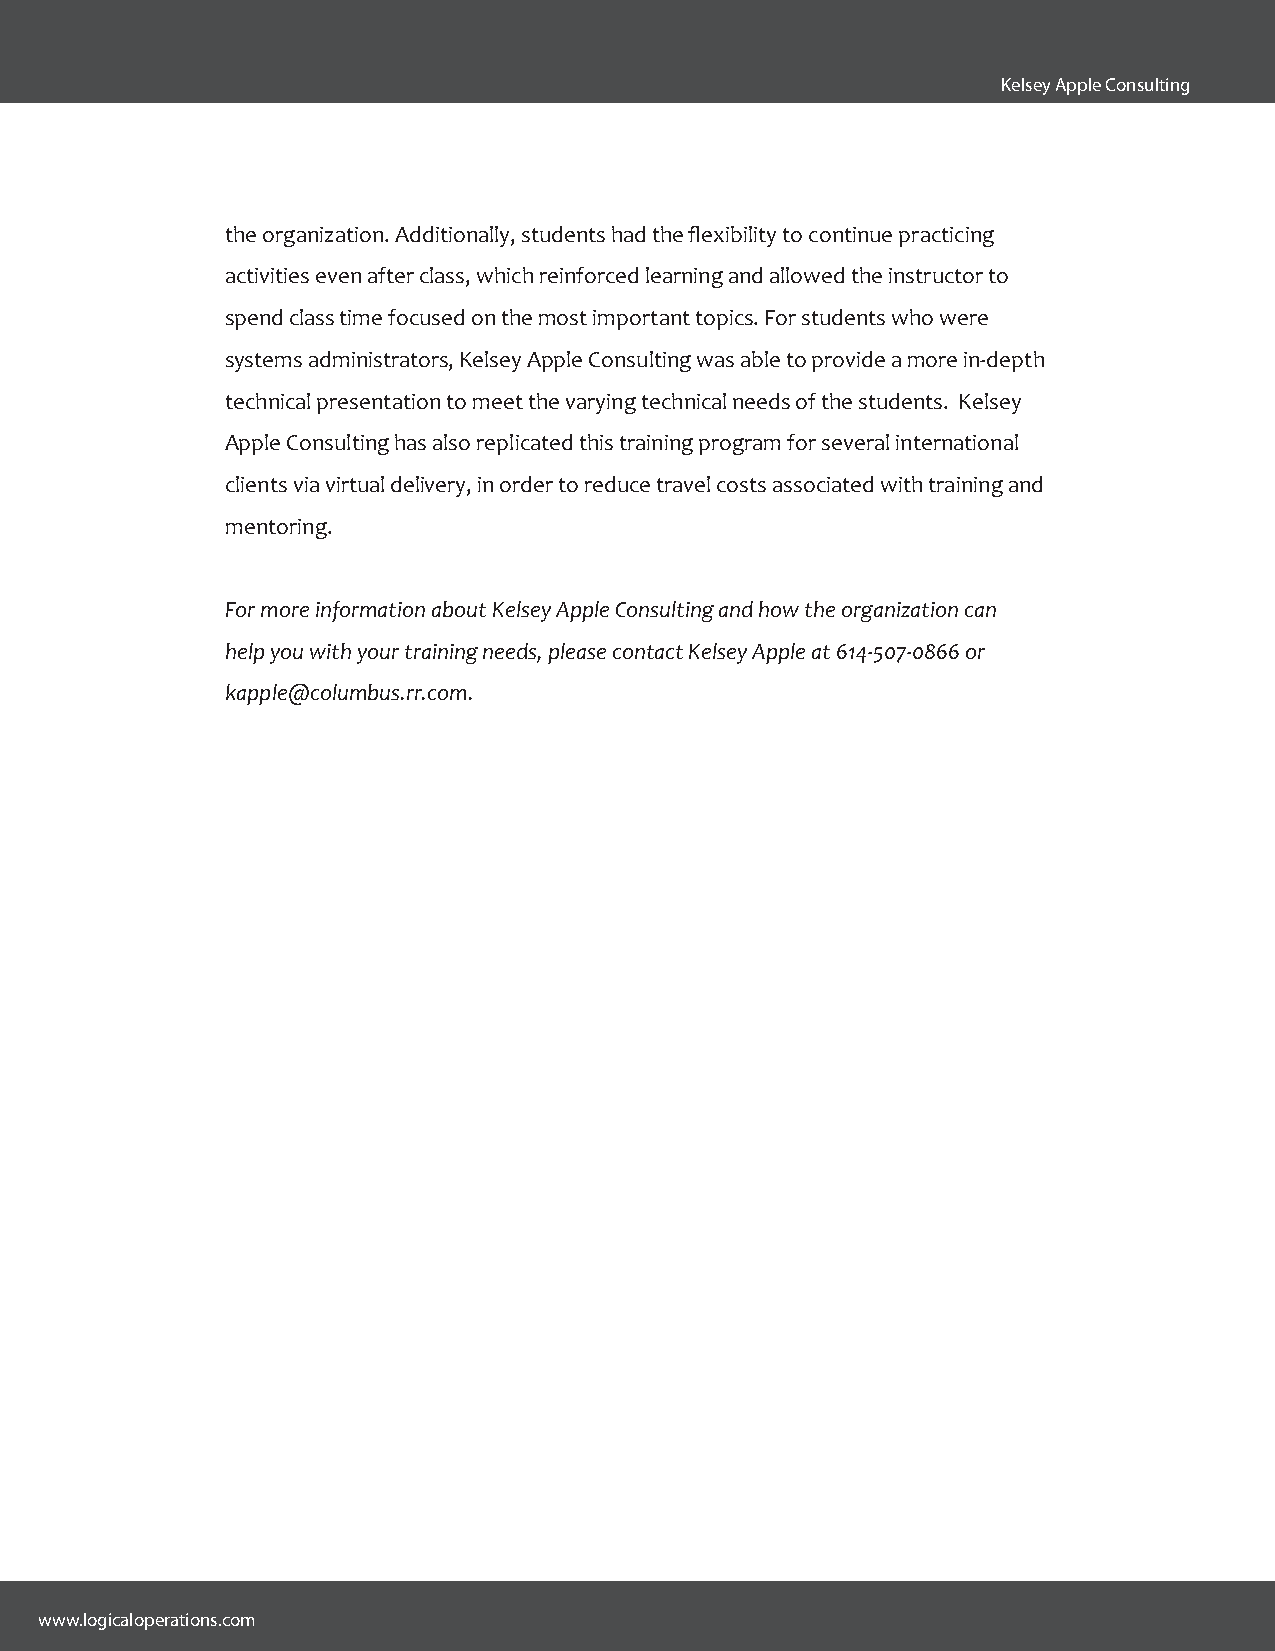
Kelsey Apple Consulting
 the organization. Additionally, students had the flexibility to continue practicing
 activities even after class, which reinforced learning and allowed the instructor to
 spend class time focused on the most important topics. For students who were
 systems administrators, Kelsey Apple Consulting was able to provide a more in-depth
 technical presentation to meet the varying technical needs of the students. Kelsey
 Apple Consulting has also replicated this training program for several international
 clients via virtual delivery, in order to reduce travel costs associated with training and
 mentoring.
 For more information about Kelsey Apple Consulting and how the organization can
 help you with your training needs, please contact Kelsey Apple at 614-507-0866 or
 kapple@columbus.rr.com.
 www.logicaloperations.com